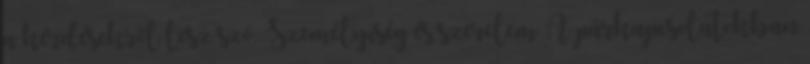
a kérdésekről lesz szó. Személyiség és szerelem A párkapcsolatokban